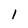
Character: 1